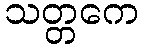
သတ္တကေ